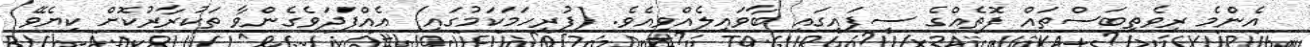
އެންމެ ރިވެތިބަސްތައް ފޮތެއްގެ ސިފައިގައި ބާވައިލެއްވިއެވެ. (ފުރިހަމަކަމުގައި) އެއްފަދަވެގެންވާ ތަކުރާރުކޮށް ކިޔެވޭ